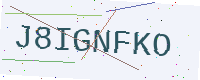
Text: J8IGNFKO